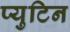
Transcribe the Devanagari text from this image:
प्युटिन